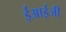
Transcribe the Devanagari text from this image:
ईआईजी